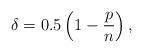
LaTeX: \begin{align*}\delta=0.5\left( 1-\frac{p}{n}\right) , \end{align*}